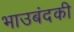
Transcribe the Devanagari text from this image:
भाउबंदकी